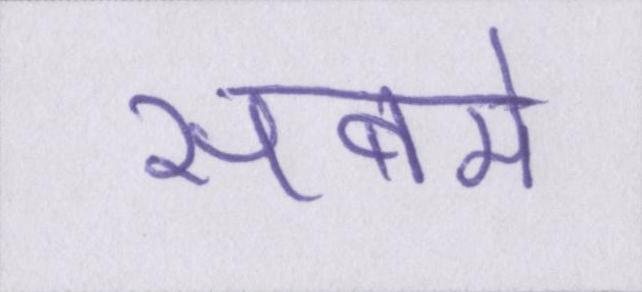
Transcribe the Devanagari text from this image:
सबमे